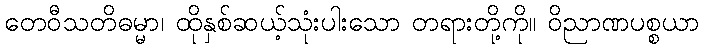
တေဝီသတိဓမ္မာ၊ ထိုနှစ်ဆယ့်သုံးပါးသော တရားတို့ကို။ ဝိညာဏပစ္စယာ